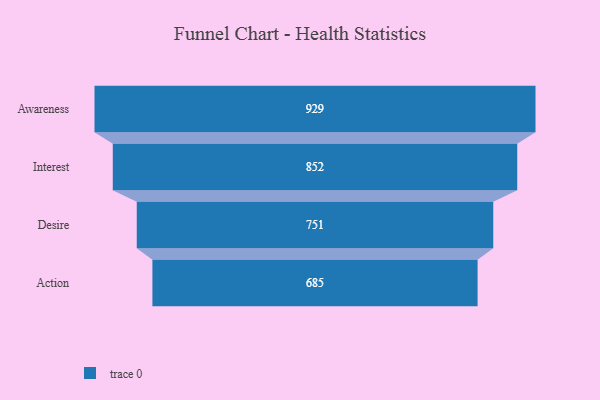
{"axis": {"x": "Stage", "y": "Value"}, "legend": [""], "data": [{"x": "Awareness", "y": 929.0, "type": ""}, {"x": "Interest", "y": 852.0, "type": ""}, {"x": "Desire", "y": 751.0, "type": ""}, {"x": "Action", "y": 685.0, "type": ""}]}